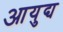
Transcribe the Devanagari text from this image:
आयुद्य